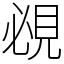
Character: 覕